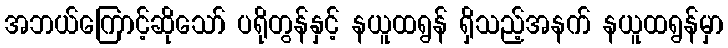
အဘယ်ကြောင့်ဆိုသော် ပရိုတွန်နှင့် နယူထရွန် ရှိသည့်အနက် နယူထရွန်မှာ